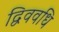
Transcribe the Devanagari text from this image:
द्विववधि